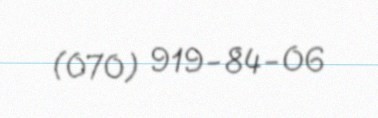
(070) 919-84-06